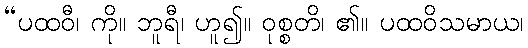
“ပထဝီ၊ ကို။ ဘူရီ၊ ဟူ၍။ ဝုစ္စတိ၊ ၏။ ပထဝိသမာယ၊